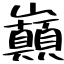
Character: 巓